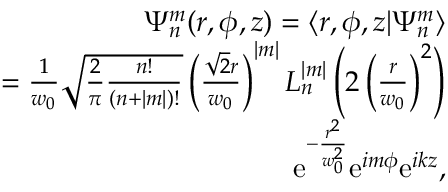
\begin{array} { r l r } & { } & { \Psi _ { n } ^ { m } ( r , \phi , z ) = \langle r , \phi , z | \Psi _ { n } ^ { m } \rangle } \\ & { } & { = \frac { 1 } { w _ { 0 } } \sqrt { \frac { 2 } { \pi } \frac { n ! } { ( n + | m | ) ! } } \left( \frac { \sqrt { 2 } r } { w _ { 0 } } \right) ^ { | m | } L _ { n } ^ { | m | } \left( 2 \left( \frac { r } { w _ { 0 } } \right) ^ { 2 } \right) } \\ & { } & { \ \ \ \ \mathrm { e } ^ { - \frac { r ^ { 2 } } { w _ { 0 } ^ { 2 } } } \mathrm { e } ^ { i m \phi } \mathrm { e } ^ { i k z } , } \end{array}